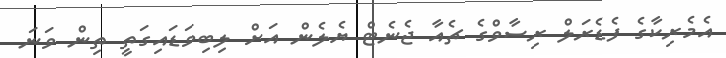
އެމެރިކާގެ ފެޑެރަލް ރިސާވްގެ ޗެއާ ޖެނެޓް ޔެލެން އަށް ލިބިވަޑައިގަތީ ތިން ވަނަ